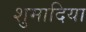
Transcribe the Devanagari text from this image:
शुमादिया